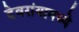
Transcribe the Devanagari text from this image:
देवरांयामध्ये